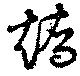
矯